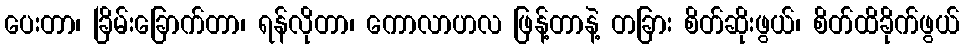
ပေးတာ၊ ခြိမ်းခြောက်တာ၊ ရန်လိုတာ၊ ကောလာဟလ ဖြန့်တာနဲ့ တခြား စိတ်ဆိုးဖွယ်၊ စိတ်ထိခိုက်ဖွယ်